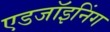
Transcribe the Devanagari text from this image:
एडजॉइनिंग